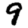
Digit: 9